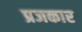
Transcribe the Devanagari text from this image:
प्रजकार